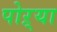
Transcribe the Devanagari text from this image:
पोऱ्या